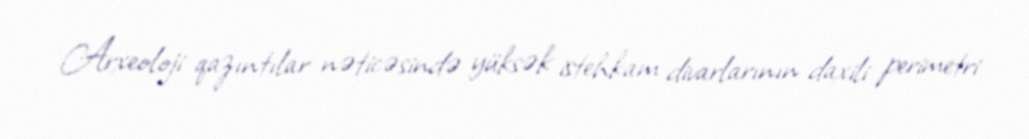
Arxeoloji qazıntılar nəticəsində yüksək istehkam divarlarının daxili perimetri